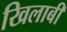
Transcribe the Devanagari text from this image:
खिलाबी